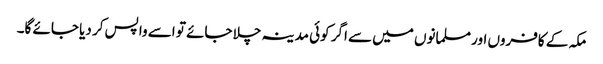
مکہ کے کافروں اور مسلمانوں میں سے اگر کوئی مدینہ چلا جائے تو اسے واپس کر دیا جائے گا۔